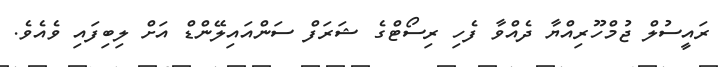
ރައީސުލް ޖުމްހޫރިއްޔާ ދެއްވާ ފެހި ރިސޯޓްގެ ޝަރަފް ސަންއައިލޭންޑް އަށް ލިބިފައި ވެއެވެ.